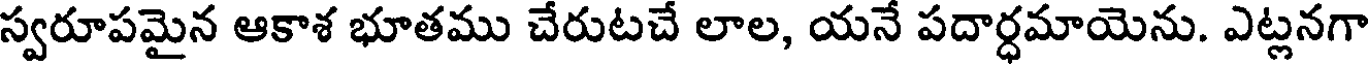
స్వరూపమైన ఆకాశ భూతము చేరుటచే లాల, యనే పదార్ధమాయెను. ఎట్లనగా